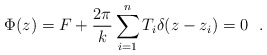
\begin{align*}\Phi(z)=F+\frac{2\pi}{k} \sum_{i=1}^{n}T_{i}\delta(z-z_{i})=0\ \ . \end{align*}